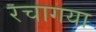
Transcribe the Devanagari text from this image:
रचागया